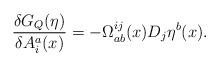
LaTeX: \begin{align*}\frac{\delta G_Q(\eta)}{\delta A^a_i(x)} = -\Omega^{ij}_{ab}(x) D_j \eta^b(x).\end{align*}